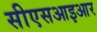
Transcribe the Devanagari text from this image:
सीएसआइआर